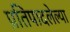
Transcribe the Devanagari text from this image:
प्रतिपादलेल्या